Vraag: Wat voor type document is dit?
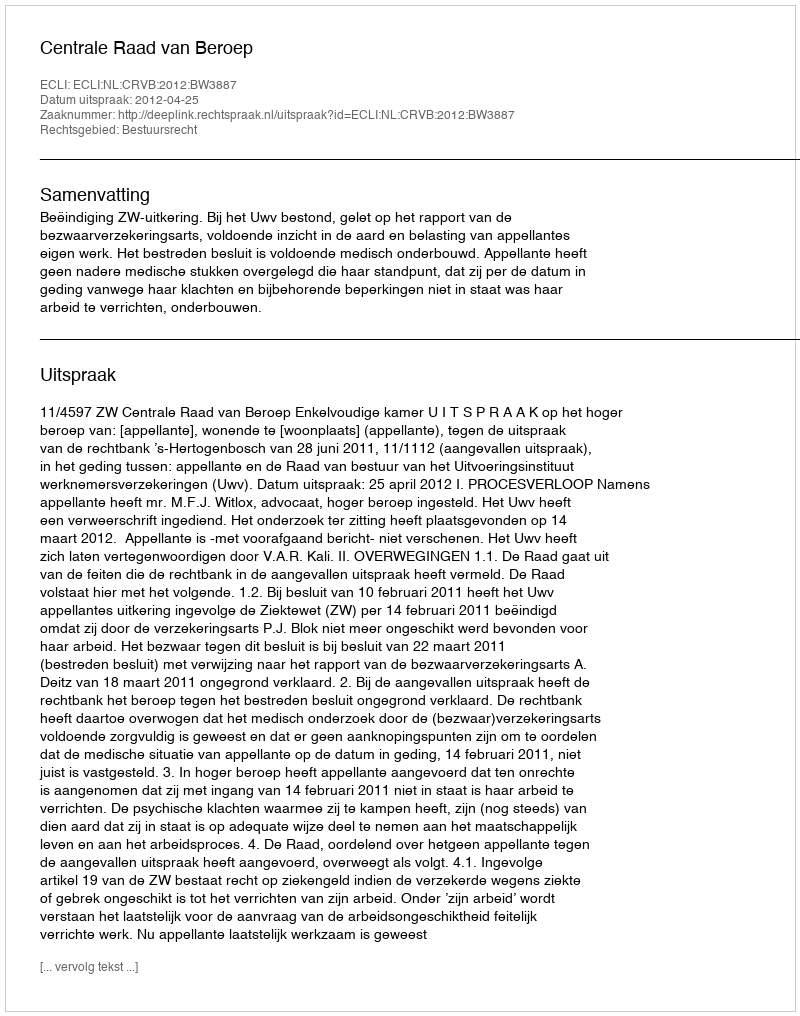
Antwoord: Uitspraak